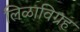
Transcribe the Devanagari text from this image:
लिळाविग्रह